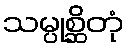
သမ္ပုစ္ဆိတုံ